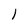
Character: 1